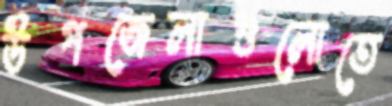
উপজেলাগুলোতে